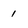
Character: 1